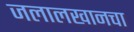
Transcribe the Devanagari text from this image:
जलालखानचा